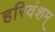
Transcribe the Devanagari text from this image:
हरिवंशम्